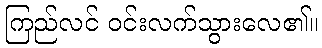
ကြည်လင် ဝင်းလက်သွားလေ၏။